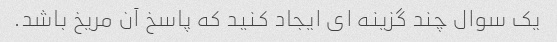
یک سوال چند گزینه ای ایجاد کنید که پاسخ آن مریخ باشد.